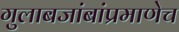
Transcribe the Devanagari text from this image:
गुलाबजांबांप्रमाणेच